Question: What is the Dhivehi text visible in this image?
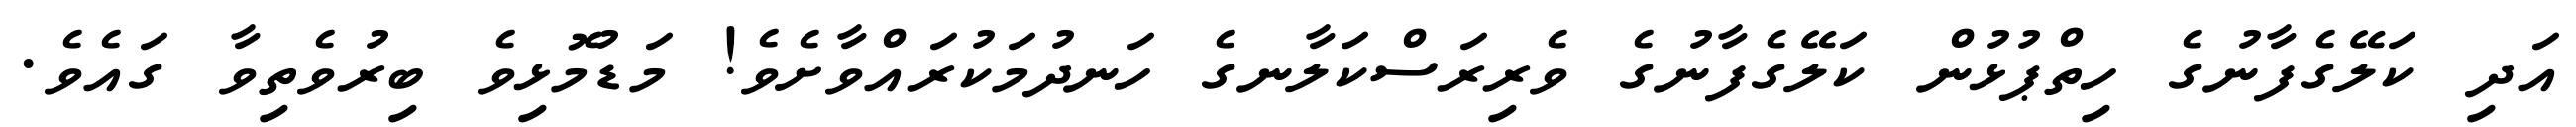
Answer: އަދި ކަލޭގެފާނުގެ ހިތްޕުޅުން ކަލޭގެފާނުގެ ވެރިރަސްކަލާނގެ ހަނދުމަކުރައްވާށެވެ! މަޑުމޮޅިވެ ބިރުވެތިވާ ގައެވެ.